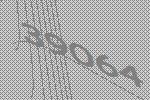
39064